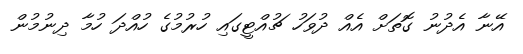
އޭނާ އެދުނު ގޮތަށް އެއް ދުވަހު ޗުއްޓީގައި ހުރުމުގެ ހުއްދަ ހުމާ ދިނުމުން